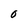
Character: O